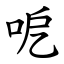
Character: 呝